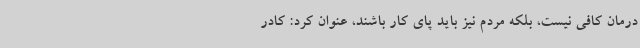
درمان کافی نیست، بلکه مردم نیز باید پای کار باشند، عنوان کرد: کادر